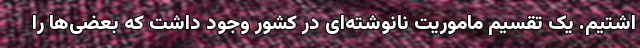
اشتیم. یک تقسیم ماموریت نانوشته‌ای در کشور وجود داشت که بعضی‌ها را